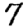
Digit: 7